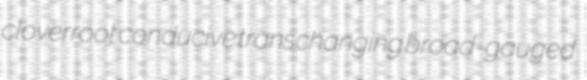
cloverroot conducive transchanging broad-gauged